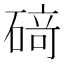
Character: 𥔎